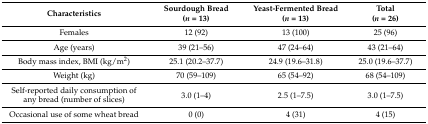
| Characteristics | Sourdough Bread (n = 13) | Yeast-Fermented Bread (n = 13) | Total (n = 26) |
 | --- | --- | --- | --- |
 | Females | 12 (92) | 13 (100) | 25 (96) |
 | Age (years) | 39 (21–56) | 47 (24–64) | 43 (21–64) |
 | Body mass index, BMI (kg/m2) | 25.1 (20.2–37.7) | 24.9 (19.6–31.8) | 25.0 (19.6–37.7) |
 | Weight (kg) | 70 (59–109) | 65 (54–92) | 68 (54–109) |
 | Self-reported daily consumption of any bread (number of slices) | 3.0 (1–4) | 2.5 (1–7.5) | 3.0 (1–7.5) |
 | Occasional use of some wheat bread | 0 (0) | 4 (31) | 4 (15) |